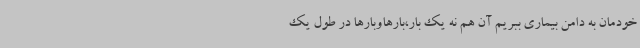
خودمان به دامن بیماری ببریم آن هم نه یک بار،بارهاوبارها در طول یک